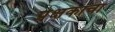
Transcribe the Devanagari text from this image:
प्रेक्षकाचा